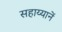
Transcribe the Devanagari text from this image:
सहाय्यानें